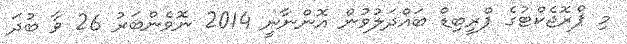
މި ޕްރޮޖެކްޓުގެ ޕްރީބިޑް ބައްދަލުވުން އޮންނާނީ 2014 ނޮވެންބަރު 26 ވާ ބުދަ